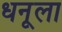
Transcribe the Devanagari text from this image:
धनूला